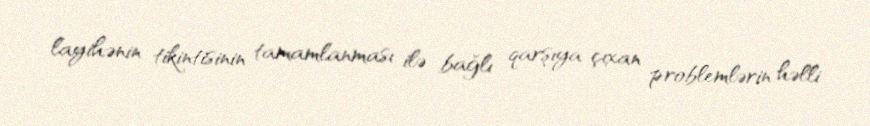
layihənin tikintisinin tamamlanması ilə bağlı qarşıya çıxan problemlərin həlli